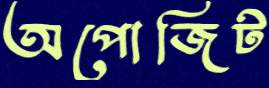
অপোজিট